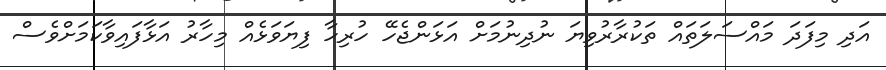
އަދި މިފަދަ މައްސަލަތައް ތަކުރާރުވިޔަ ނުދިނުމަށް އަޅަންޖެހޭ ހުރިހާ ފިޔަވަޅެއް މިހާރު އަޅާފައިވާކަމަށްވެސް